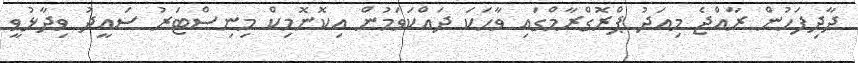
ދާދިފަހުން ރާއްޖެ މިއަދު ޕްރޮގްރާމްގައި ވާހަކަ ދައްކަވަމުން އިކޮނޮމިކް މިނިސްޓަރު ސައީދު ވިދާޅުވީ